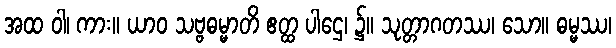
အထ ဝါ၊ ကား။ ယာဝ သဗ္ဗဓမ္မာတိ ဧတ္ထ ပါဌေ၊ ၌။ သုတ္တာဂတဿ၊ သော။ ဓမ္မဿ၊